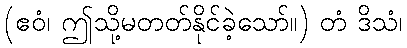
(ဧဝံ၊ ဤသို့မတတ်နိုင်ခဲ့သော်။) တံ ဒိသံ၊